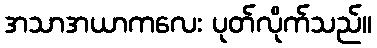
အသာအယာကလေး ပုတ်လိုက်သည်။